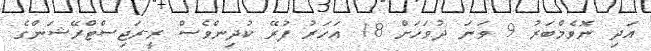
އަދި ނޮވެމްބަރު 9 ވަނަ ދުވަހަށް 18 އަހަރު ފުރޭ ކުދިންވެސް ރީ-ރަޖިސްޓްރޭޝަންގެ